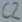
Text: C2